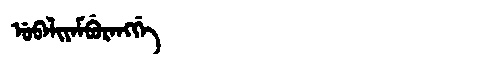
Manchu: ᡠᠪᠠᠯᡳᠶᠠᠮᠪᡠᡵᠠᠩᡤᡝ
Romanization: UBALIYAMBURANGGE